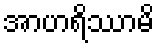
အာဟရိဿာမိ